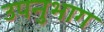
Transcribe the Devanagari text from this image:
उपनुभाग